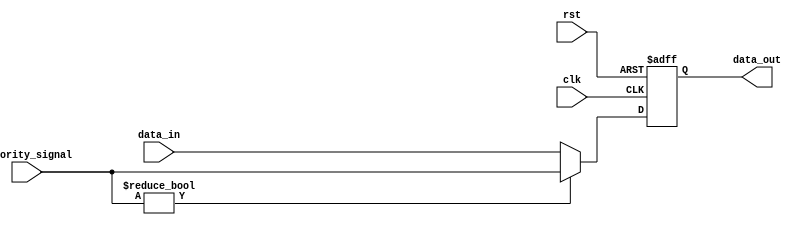
module Priority_Bypass_Register (
    input clk,
    input rst,
    input [3:0] priority_signal,
    input [3:0] data_in,
    output reg [3:0] data_out
);

reg [3:0] register;

always @(posedge clk or posedge rst) begin
    if (rst) begin
        register <= 4'b0000;
    end else begin
        if (priority_signal != 4'b0000) begin
            register <= priority_signal;
        end else begin
            register <= data_in;
        end
    end
end

assign data_out = register;

endmodule